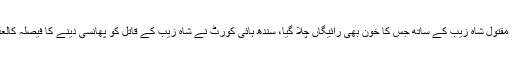
ایسا ہی کچھ ہوا مقتول شاہ زیب کے ساتھ جس کا خون بھی رائیگاں چلا گیا، سندھ ہائی کورٹ نے شاہ زیب کے قاتل کو پھانسی دینے کا فیصلہ کالعدم قرار دے دیا۔